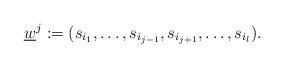
LaTeX: \begin{align*}\underline{w}^j := (s_{i_1},\dots, s_{i_{j-1}},s_{i_{j+1}},\dots, s_{i_l}). \end{align*}